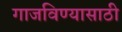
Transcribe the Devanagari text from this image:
गाजविण्यासाठी